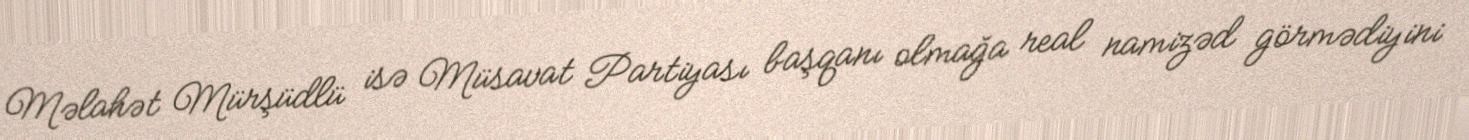
Məlahət Mürşüdlü isə Müsavat Partiyası başqanı olmağa real namizəd görmədiyini